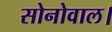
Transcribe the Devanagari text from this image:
सोनोवाल।